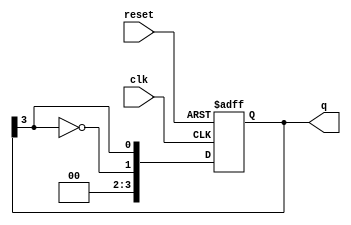
module johnson_counter #(
    parameter N = 4  // Number of flip-flops
)(
    input wire clk,      // Clock signal
    input wire reset,    // Asynchronous reset signal
    output reg [N-1:0] q // Output state of the counter
);

// Sequential logic for the Johnson counter
always @(posedge clk or posedge reset) begin
    if (reset) begin
        q <= 0; // Initialize all flip-flops to 0 on reset
    end else begin
        // Shift the state and feed back the inverted last flip-flop output
        q <= {~q[N-1], q[N-1:N-1]}; // Shift and feedback
    end
end

endmodule